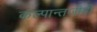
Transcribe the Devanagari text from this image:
कल्पान्तजीवी